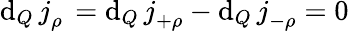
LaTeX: \mathrm{d}_{Q}\, j_{\rho}^{\mathrm{~\, ~}}=\mathrm{d}_{Q}\, j_{+\rho}^{\mathrm{~\, ~}}-\mathrm{d}_{Q}\, j_{-\rho}^{\mathrm{~\, ~}}=0